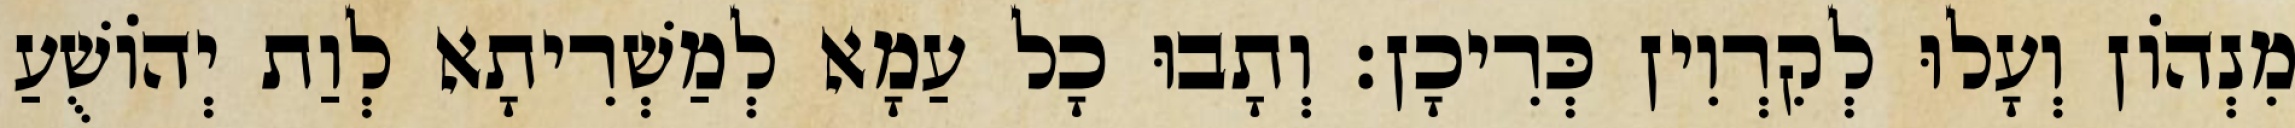
מִנְהוֹן וְעָלוּ לְקִרְוִין כְּרִיכָן׃ וְתָבוּ כָל עַמָא לְמַשְׁרִיתָא לְוַת יְהוֹשֻׁעַ